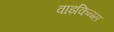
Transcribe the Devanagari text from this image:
वाइकिन्ग्स